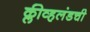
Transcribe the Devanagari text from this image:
क्लीव्हलंडची